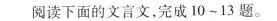
阅读下面的文言文，完成10~13题。